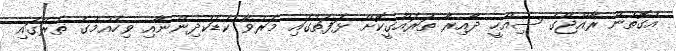
އެގޮތުން ރާއްޖޭގެ ސިއްހީ ދާއިރާ ތަރައްގީކޮށް ޅަފަތުގައި މަރުވާ ކުޑަކުދިންނާއި ވިހެއުމުގެ ތެރޭގައި